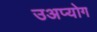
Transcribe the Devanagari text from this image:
उअप्योग